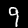
Digit: 9